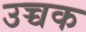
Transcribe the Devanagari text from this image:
उच्चक